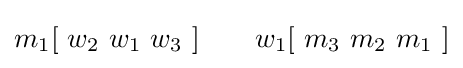
m_{1}[\ w_{2}\ w_{1}\ w_{3}\ ]\ \ \ \ \ \ w_{1}[\ m_{3}\ m_{2}\ m_{1}\ ]